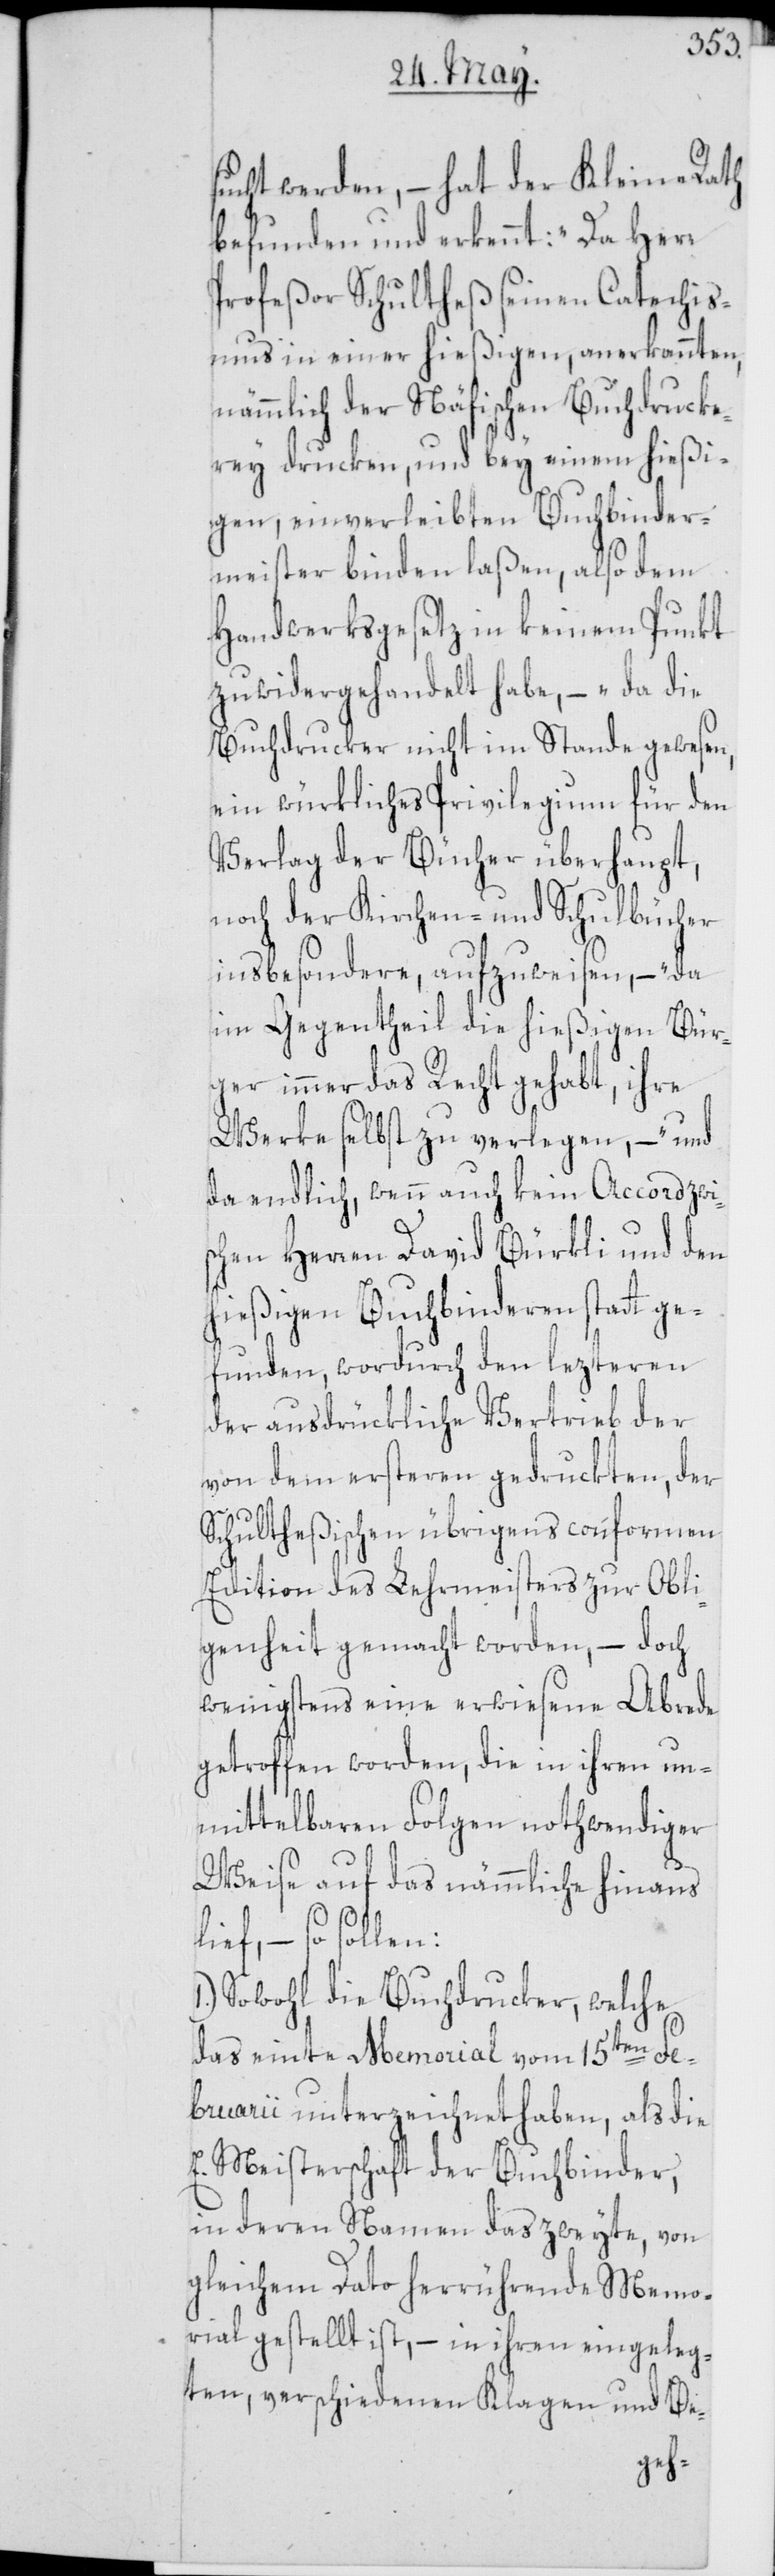
sucht werden, – hat der Kleine Rath
befunden und erkennt: „Da Herr
Profeßor Schultheß seinen Catechis¬
mus in einer hießigen, anerkannten,
nämmlich der Näfischen Buchdrukce¬
rey drucken, und bey einem hießi¬
gen, einverleibten Buchbinder¬
meister binden laßen, also dem
Handwerksgesetz in keinem Punkt
zuwidergehandelt habe, –[“] da die
Buchdrucker nicht im Stande gewesen,
ein würkliches Privilegium für den
Verlag der Bücher überhaupt,
noch der Kirchen- und Schulbücher
insbesondere, aufzuweisen, – „da
im Gegentheil die hießigen Bür¬
ger immer das Recht gehabt, ihre
Werke selbst zu verlegen, –[“] und
da endlich, wenn auch kein Accord zwi¬
schen Herren David Bürkli
hießigen Buchbinderen statt ge¬
funden, wordurch den lezteren
der ausdrückliche Vertrieb der
von dem ersteren gedruckten, der
Schultheßischen übrigens conformen
Edition des Lehrmeisters zur Obli¬
egenheit gemacht worden, – doch
wenigsten eine erwiesene Abrede
getroffen worden, die in ihren un¬
mittelbaren Folgen nothwendiger
Weise auf das nämmliche hinaus
lief, – so sollen:
Sowohl die Buchdrucker, welche
das einte Memorial vom 15ten Fe¬
bruarii unterzeichnet haben, als die
E. Meisterschaft der Buchbinder,
in deren Namen das zweyte, von
gleichem Dato herrührende Memo¬
rial gestellt ist, – in ihren eingeleg¬
ten, verschiedenen Klagen und Be-